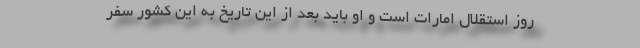
روز استقلال امارات است و او باید بعد از این تاریخ به این کشور سفر